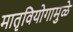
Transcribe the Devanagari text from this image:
मातृवियोगामुळे